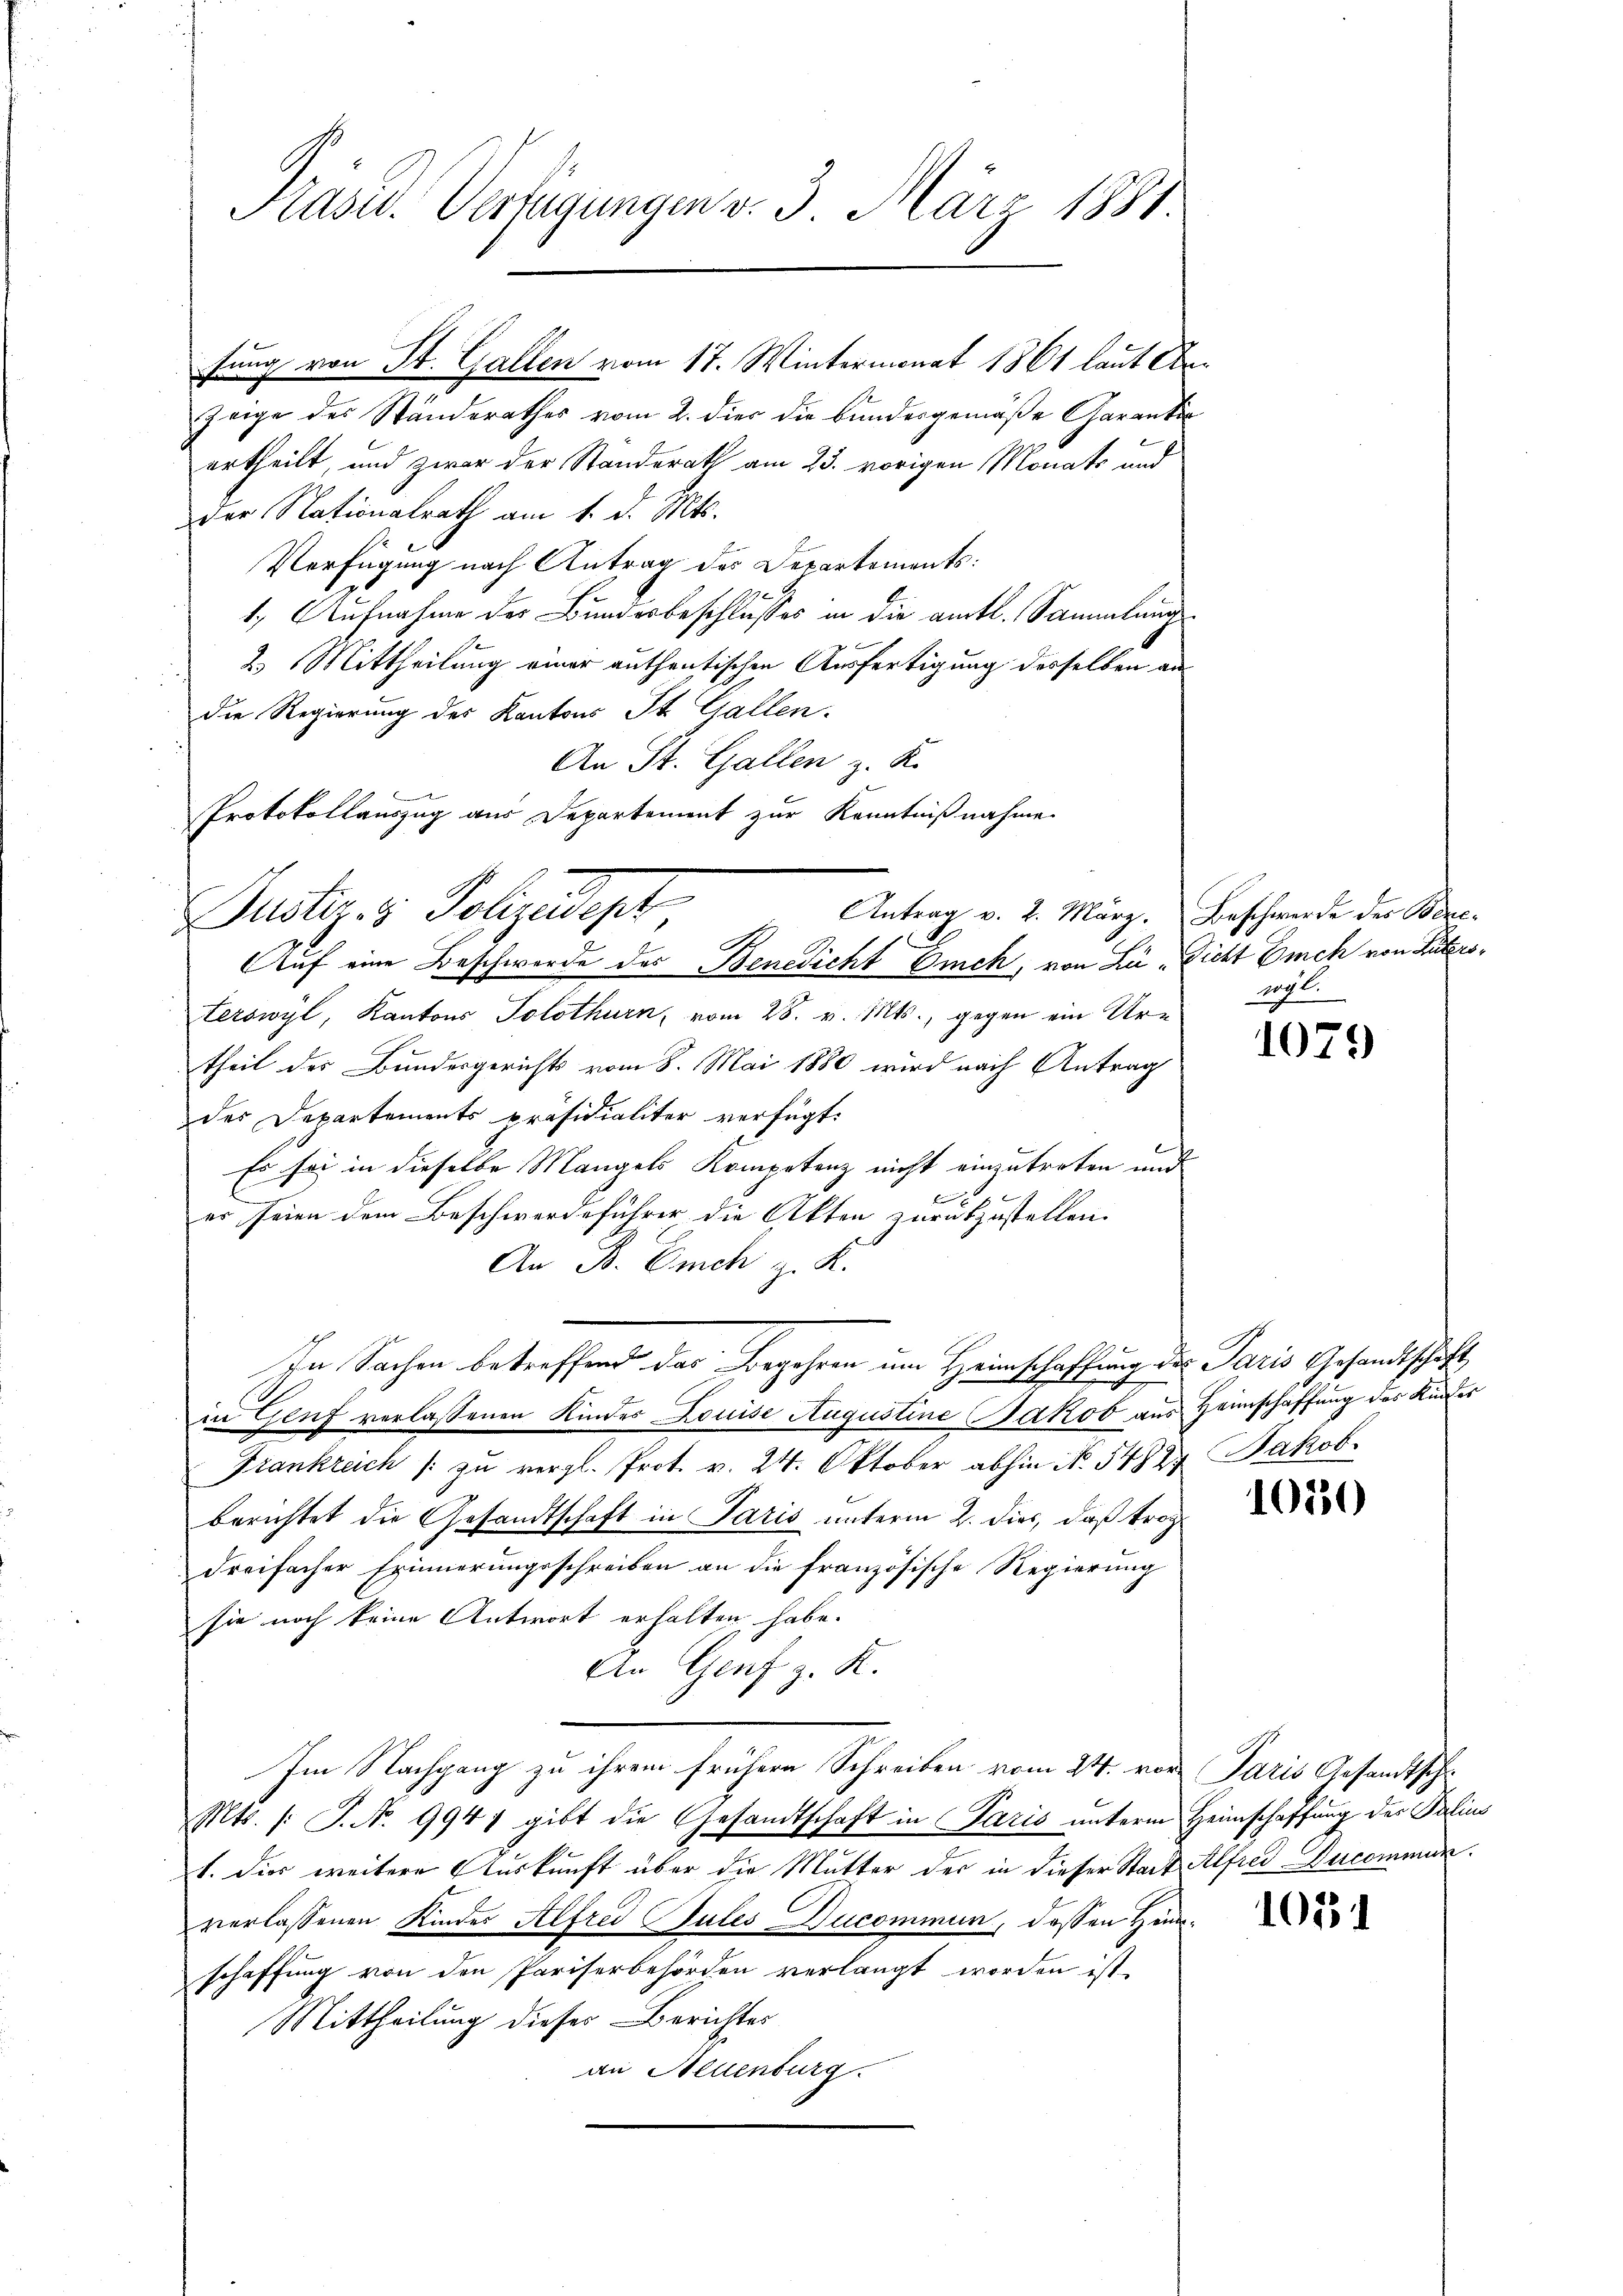
Pasid. Verfügungen v. 3. März 1881

Justiz- & Polizedept
Antrag v. 2. März.
G
Auf eine Beschwerde des Benedicht Eich, von Li, Dicht mich von Luters¬

tung von St. Gallen vom 17. Wintermonat 1861 laut An¬
Zeige des Standerathes vom 2. dies die bundesgemäße Garantin
ertheilt, und zwar der Standerath am 23. vorigen Monats und
der Nationalrath am 1. d. Mts.
Verfügung nach Antrag des Departements:
1. Aufnahme der Bundesbeschlusses in die amtl. Sammlungs¬
2. Mittheilung einer authentischen Ausfertigung desselben andie Regierung des Kantons St. Gallen.
An St. Gallen z. K.
Protokollauszug aus Departement zur Kenntnißnahme.
terswyl, Kantons Solothurn, vom 28. v. Mts., gegen ein Ur-
theil des Bundesgerichts vom 8. Mai 1880 wird nach Antrag
des Departements präsidialiter verfügt:
l
Es sei in dieselbe Mangels Kompetenz nicht einzutreten und
l
er seien dem Beschwerdeführer die Akten zurükzustellen.
An B. Euch z. K.
In Sachen betreffend das Begehren um Heimschaffung des Paris Gesandtschaft
in Genf verlassenen Kindes Louise Augustine Jakob aus Heimschaffung des Kinder
Frankreich /: zu vergl. Prot. v. 24. Oktober abhin No. 54827
berichtet die Gesandtschaft in Paris unterm 2. dies, daß trogdreifacher Erinnerungsschreiben an die französische Regierung
sie noch keine Antwort erhalten habe.
An Genf z. K.
Im Nachgang zu ihrem frühern Schreiben vom 24. vor Paris Gesandtschr
Mts. /: P. Nr. 9947 gibt die Gesandtschaft in Paris unterm Heimschaffung der Palius
1. Dies weitere Auskunft über die Mutter der in dieser Stadt Alfred-Ducommun
verlassenen Kinder Alfred Cules Ducommun, dessen Hinschaffung von den Pariserbehörden verlangt worden ist.
Mittheilung dieses Berichtes
an Neuenburg.

Beschwerde der Benevgl.

1079

Jakob.

1030

1051